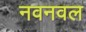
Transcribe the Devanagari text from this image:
नवनवल